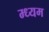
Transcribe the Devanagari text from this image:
म्ध्यम